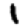
Digit: 1